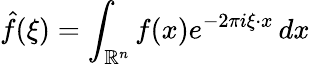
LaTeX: {\hat{f}}(\xi)=\int_{\mathbb{R}^{n}}f(x)e^{-2\pi i\xi\cdot x}\, dx